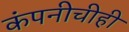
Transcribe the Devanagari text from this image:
कंपनीचीही